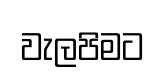
වැලපිමට